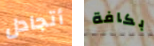
أتجادل بكافة